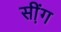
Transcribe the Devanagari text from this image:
सी़ंग